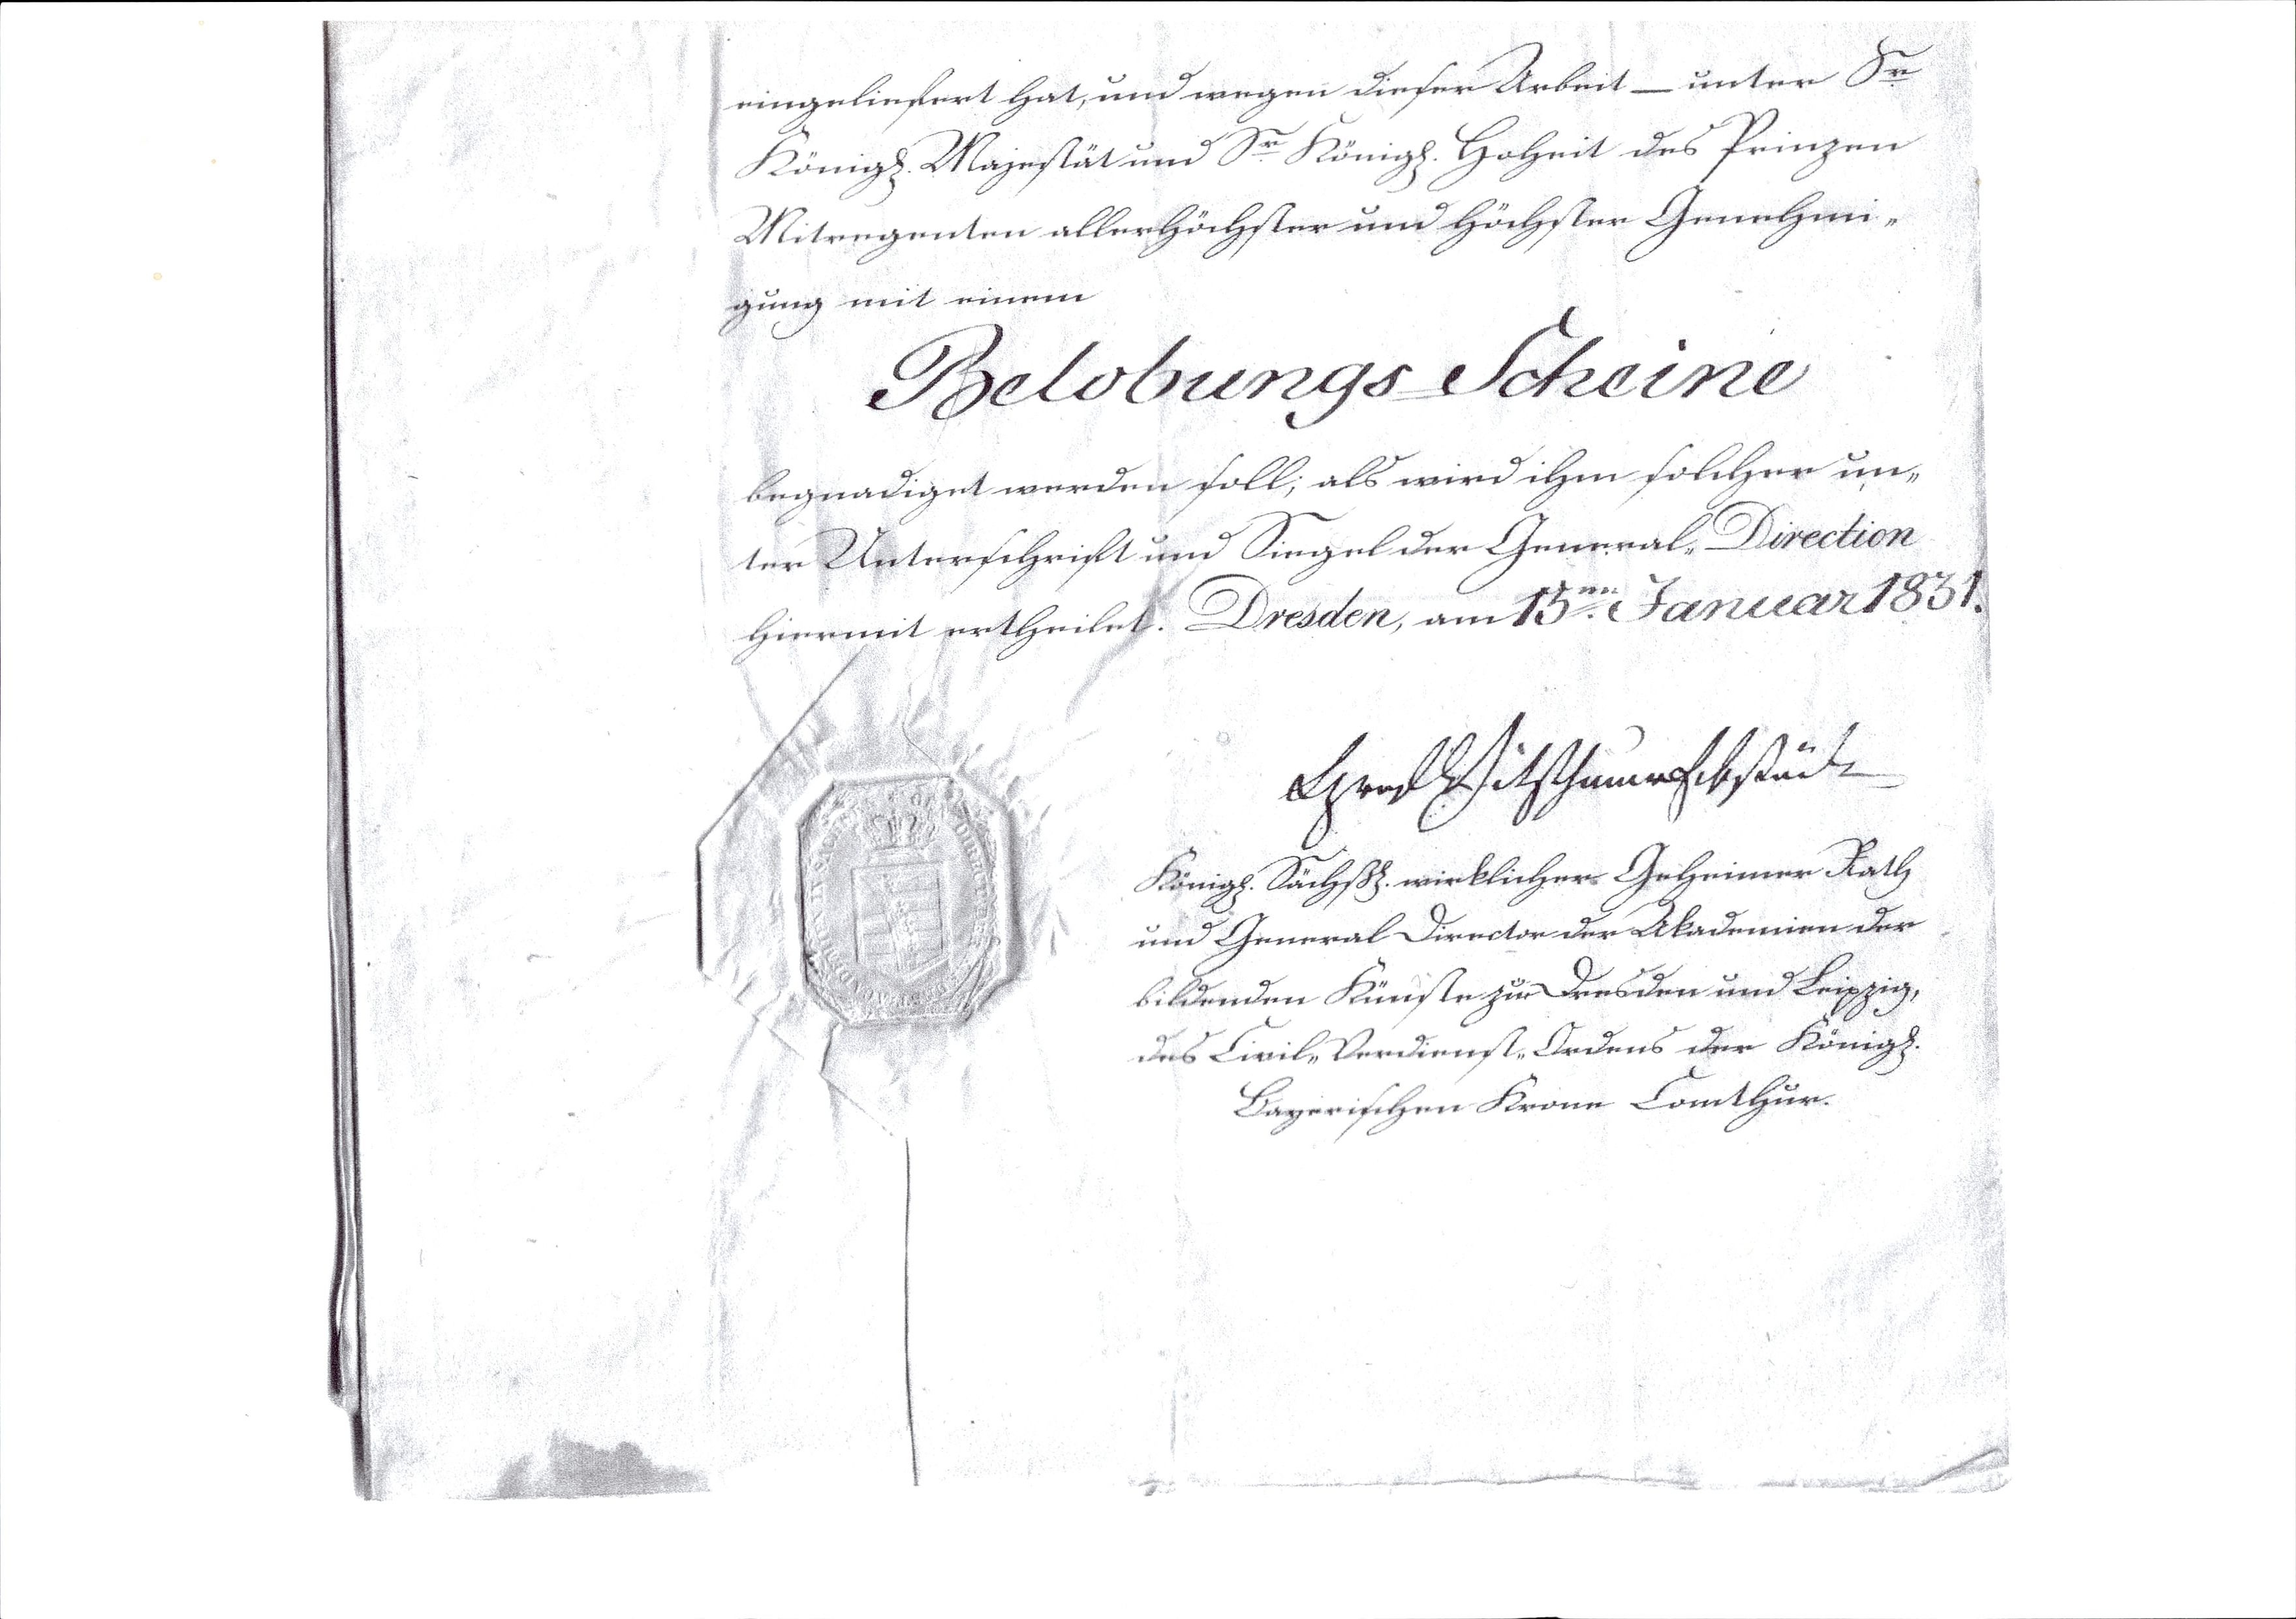
eingeliefert hat, und wegen dieser Arbeit - unter Sr.
Königl. Majestät und Sr. Königl. Hoheit des Prinzen
Mitregenten allerhöchste und höchster Genehmi¬
gung mit einem
Belobungs - Scheine
begnadiget werden soll, als wird ihm solcher un¬
ter Unterschrift und Siegel der General - Direktion
hiermit ertheilet. Dresden, am 15 ten Januar 1831.
xxx
königl. Sächß. wirklicher Geheimer Rath
und General Director der Akademien der
bildenden Künste zu Dresden und Leipzig,
des Civil-Verdienst-Ordens der Königl.
Bayerischen Krone Comthur.